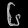
Digit: ၆